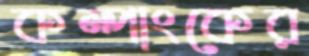
কম্পাংকের